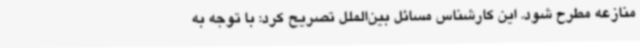
منازعه مطرح شود. این کارشناس مسائل بین‌الملل تصریح کرد: با توجه به